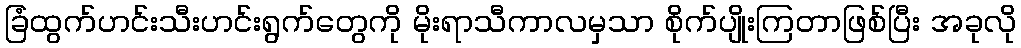
ခြံထွက်ဟင်းသီးဟင်းရွက်တွေကို မိုးရာသီကာလမှသာ စိုက်ပျိုးကြတာဖြစ်ပြီး အခုလို